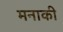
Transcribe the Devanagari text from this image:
मनाकी